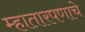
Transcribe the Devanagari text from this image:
म्हातारपणाचे